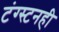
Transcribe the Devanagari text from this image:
टंग्स्टनही